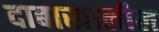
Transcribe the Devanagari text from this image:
दाबाखालील